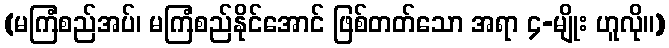
(မကြံစည်အပ်၊ မကြံစည်နိုင်အောင် ဖြစ်တတ်သော အရာ ၄-မျိုး ဟူလို။)